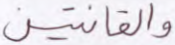
والقانتين